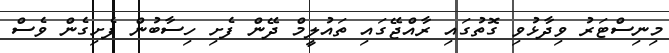
މިނިސްޓަރު ވިދާޅުވި ގޮތުގައި ރާއްޖޭގައި ތައުލީމް ދޭން ފެށި ހިސާބުން ފެށިގެން ވެސް